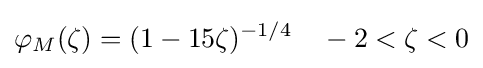
\varphi _{M}(\zeta )=(1-15\zeta )^{-1/4}\quad -2<\zeta <0